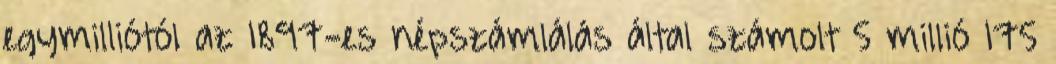
egymilliótól az 1897-es népszámlálás által számolt 5 millió 175